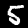
Label: 5